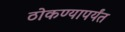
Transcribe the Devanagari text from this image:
ठोकण्यापर्यंत